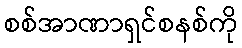
စစ်အာဏာရှင်စနစ်ကို